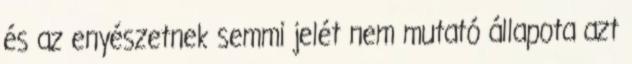
és az enyészetnek semmi jelét nem mutató állapota azt